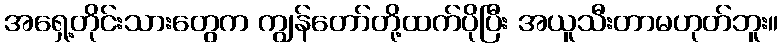
အရှေ့တိုင်းသားတွေက ကျွန်တော်တို့ထက်ပိုပြီး အယူသီးတာမဟုတ်ဘူး။